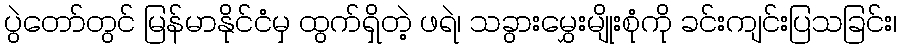
ပွဲတော်တွင် မြန်မာနိုင်ငံမှ ထွက်ရှိတဲ့ ဖရဲ၊ သခွားမွှေးမျိုးစုံကို ခင်းကျင်းပြသခြင်း၊